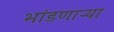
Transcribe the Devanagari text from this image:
भांडणाऱ्या